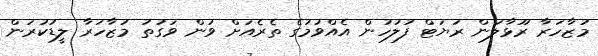
މުޒާހަރާ ރޫޅާލަން ރަޔަޓް ފުލުހުން އެއްވުމުގެ ތެރެއަށް ވަން ވަގުތު މުޒާހަރާ ލީޑުކުރަން